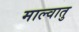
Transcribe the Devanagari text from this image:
माल्वातु